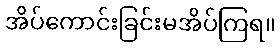
အိပ်ကောင်းခြင်းမအိပ်ကြရ။